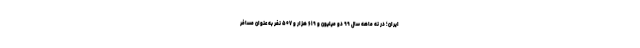
ایران؛ در نه ماهه سال ۹۹ دو میلیون و ۶۱۹ هزار و ۵۰۷ نفر به عنوان مسافر